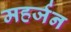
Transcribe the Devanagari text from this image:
महर्जन